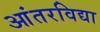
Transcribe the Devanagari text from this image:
आंतरविद्या